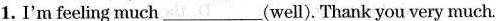
1. I'm feeling much ___ (well). Thank you very much.